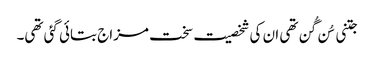
جتنی سُن گُن تھی ان کی شخصیت سخت مزاج بتائی گئی تھی۔